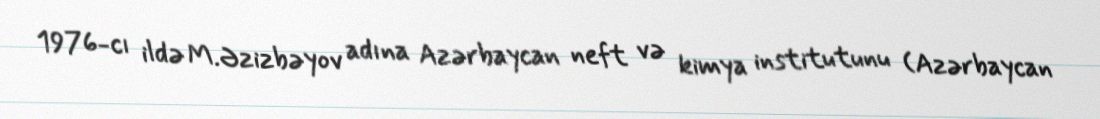
1976-cı ildə M.Əzizbəyov adına Azərbaycan neft və kimya institutunu (Azərbaycan